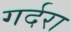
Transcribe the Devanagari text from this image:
गर्दरा